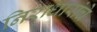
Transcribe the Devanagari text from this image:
निराधारांचे